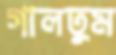
গালতুম